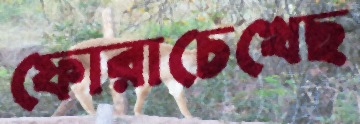
ফোরাচেখেছ